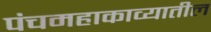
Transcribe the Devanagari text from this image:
पंचमहाकाव्यातील